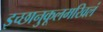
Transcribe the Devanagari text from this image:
इच्छानुकूलमखिलं